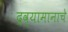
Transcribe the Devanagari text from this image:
द्रव्यामानाचे